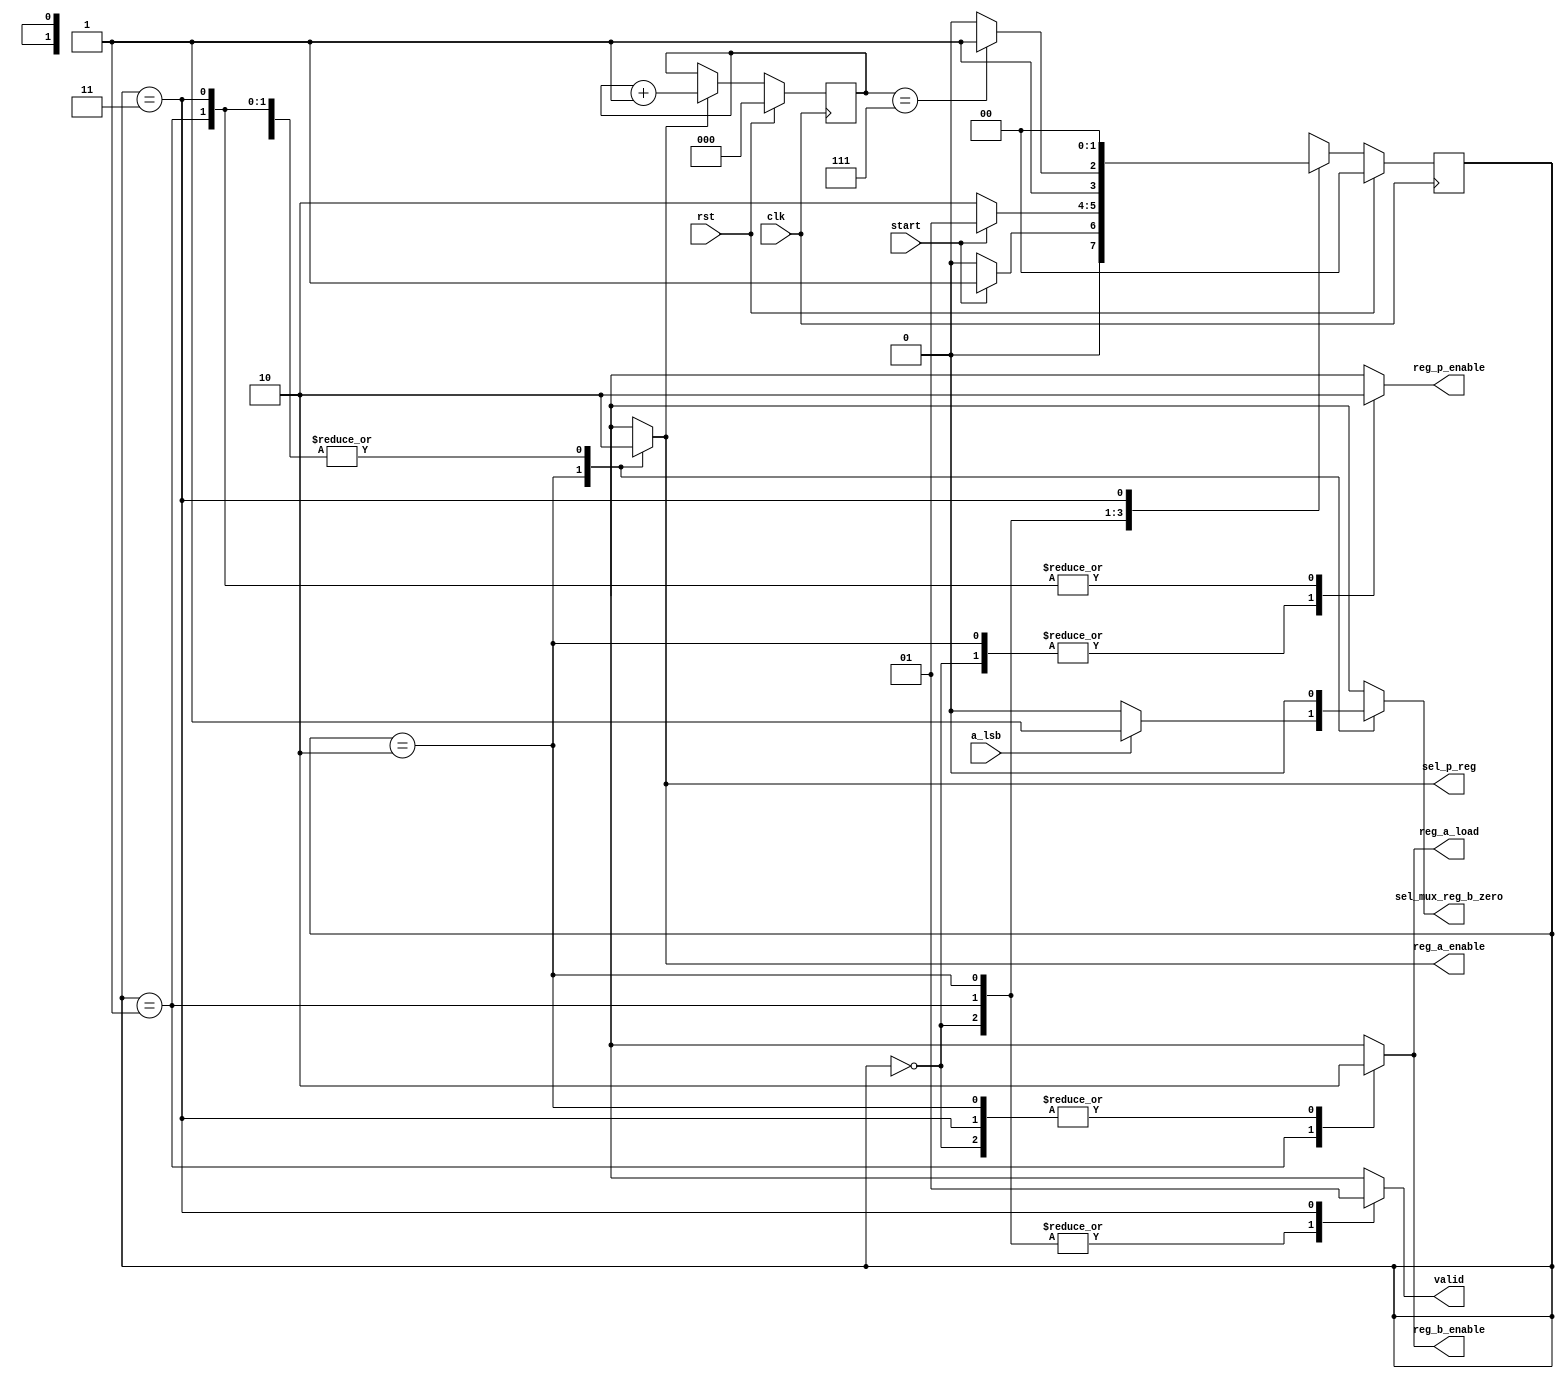
//Version: 1.0

`timescale 1ns/1ns
	
	
module controller #(parameter m = 3) // m = log (n)
					(input start, clk, rst, a_lsb,
					output reg reg_b_enable, reg_a_enable, reg_p_enable, sel_p_reg, reg_a_load, sel_mux_reg_b_zero,
					output reg valid);
				   		
	parameter [1:0] reset = 0, load = 1, addshift = 2, done = 3;
	reg [1:0] current_state, next_state;
	
	reg count_en;
	reg [m-1:0] count;
		
	always @(current_state, start, count) begin :combinational

		case (current_state) 
			reset: begin
				if (start == 1) next_state = load;
				else next_state = reset;
			end	
			load: begin
				if (start == 0) next_state = addshift;
				else next_state = load;
			end				
			addshift: begin
				if ( count == 7) next_state = done;
				else next_state = addshift;
			end	
			done: begin
				next_state = reset;
			end	
			default: next_state = reset;
		endcase
	end
	
	always @(current_state, a_lsb) begin :combinational_controlling_signals
		count_en = 0;
		reg_b_enable = 0;
		reg_a_enable = 0;
		reg_p_enable = 0;
		sel_p_reg = 0;
		reg_a_load = 0;
		sel_mux_reg_b_zero = 0;
		valid = 0;
	
		case (current_state) 
			reset: begin
				count_en = 0;
				reg_b_enable = 0;
				reg_a_enable = 0;
				reg_p_enable = 1;
				sel_p_reg = 0;
				reg_a_load = 0;
				sel_mux_reg_b_zero = 0;
				valid = 0;
				
			end	
			load: begin
				reg_a_load = 1;
				reg_b_enable =1;
			end				
			addshift: begin
				if (a_lsb == 0) begin
					reg_a_enable = 1;
					sel_mux_reg_b_zero = 0; // only perform shift (p + 0)
					reg_p_enable = 1;
				end	
				else begin
					reg_a_enable = 1;
					sel_mux_reg_b_zero = 1; // perform add and shift (p + b)
					reg_p_enable = 1;
					
				end	
				count_en = 1;
				sel_p_reg = 1;
					
			end	
			done: begin
				valid = 1;
			end	
			default: begin
				count_en = 0;
				reg_b_enable = 0;
				reg_a_enable = 0;
				reg_p_enable = 0;
				sel_p_reg = 0;
				reg_a_load = 0;
				sel_mux_reg_b_zero = 0;
				valid = 0;
			end
		endcase
	end
	
	

	
	always @(posedge clk) begin :sequential

		if (rst)
			current_state <= reset;
		else
			current_state <= next_state;
	end	
	
	
	always @(posedge clk) begin :counter_seq
		if (rst) begin
			count <= 0;
		end	
		else if (count_en == 1)
			count <= count + 1;
	end
	
	
endmodule